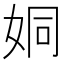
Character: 姛